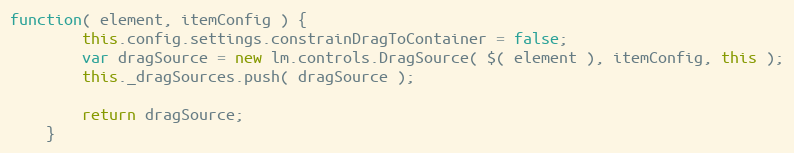
Language: JavaScript
function( element, itemConfig ) {
		this.config.settings.constrainDragToContainer = false;
		var dragSource = new lm.controls.DragSource( $( element ), itemConfig, this );
		this._dragSources.push( dragSource );

		return dragSource;
	}